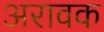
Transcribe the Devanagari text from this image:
अरावक